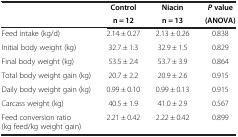
<table><thead><tr><td rowspan="2"><b> </b></td><td><b>Control</b></td><td><b>Niacin</b></td><td><b><i>P </i>value</b></td></tr><tr><td><b>n = 12</b></td><td><b>n = 13</b></td><td><b>(ANOVA)</b></td></tr></thead><tbody><tr><td>Feed intake (kg/d)</td><td>2.14 ± 0.27</td><td>2.13 ± 0.26</td><td>0.838</td></tr><tr><td>Initial body weight (kg)</td><td>32.7 ± 1.3</td><td>32.9 ± 1.5</td><td>0.829</td></tr><tr><td>Final body weight (kg)</td><td>53.5 ± 2.4</td><td>53.7 ± 3.9</td><td>0.864</td></tr><tr><td>Total body weight gain (kg)</td><td>20.7 ± 2.2</td><td>20.9 ± 2.6</td><td>0.915</td></tr><tr><td>Daily body weight gain (kg)</td><td>0.99 ± 0.10</td><td>0.99 ± 0.13</td><td>0.915</td></tr><tr><td>Carcass weight (kg)</td><td>40.5 ± 1.9</td><td>41.0 ± 2.9</td><td>0.567</td></tr><tr><td>Feed conversion ratio (kg feed/kg weight gain)</td><td>2.21 ± 0.42</td><td>2.22 ± 0.42</td><td>0.899</td></tr></tbody></table>